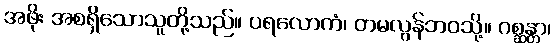
အဖိုး အစရှိသောသူတို့သည်။ ပရလောကံ၊ တမလွန်ဘဝသို့။ ဂစ္ဆန္တာ၊